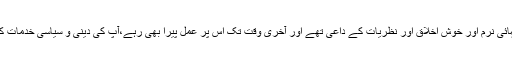
مولانا سمیع الحق گفتار میں انتہائی نرم اور خوش اخلاق اور نظریات کے داعی تھے اور آخری وقت تک اس پر عمل پیرا بھی رہے،آپ کی دینی و سیاسی خدمات کو تادیر بھلایا نہیں جاسکے گا۔